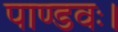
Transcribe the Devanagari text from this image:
पाण्डवः।